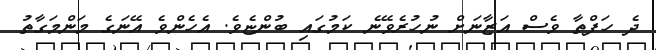
ދެ ހަފްތާ ވެސް އަޒާނަށް ނުހުރެވޭނެ ކަމުގައި ބުންޏެވެ. އެހެންވެ އޭނަގެ މަންމަގާތު